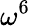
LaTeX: \omega^{6}